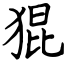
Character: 猑